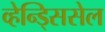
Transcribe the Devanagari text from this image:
व्हेन्ड्सिसेल